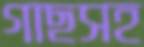
গাছসহ